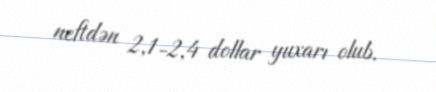
neftdən 2,1-2,4 dollar yuxarı olub.